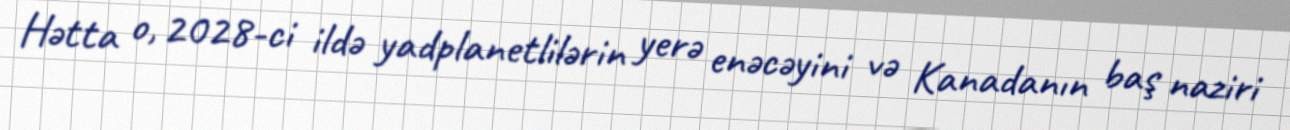
Hətta o, 2028-ci ildə yadplanetlilərin yerə enəcəyini və Kanadanın baş naziri